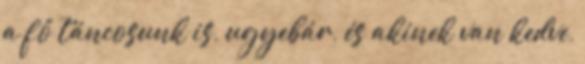
a fő táncosunk is, ugyebár, és akinek van kedve,